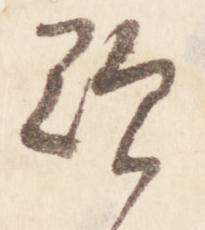
歎